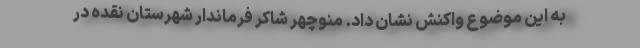
به این موضوع واکنش نشان داد. منوچهر شاکر فرماندار شهرستان نقده در